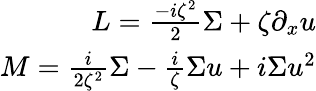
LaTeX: \begin{array}{r}{L=\frac{-i\zeta^{2}}{2}\Sigma+\zeta\partial_{x}u}\\ {M=\frac{i}{2\zeta^{2}}\Sigma-\frac{i}{\zeta}\Sigma u+i\Sigma u^{2}}\end{array}